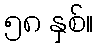
၅၈ နှစ်။